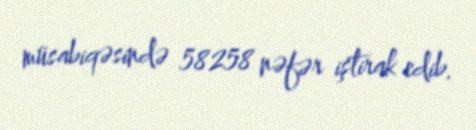
müsabiqəsində 58258 nəfər iştirak edib.